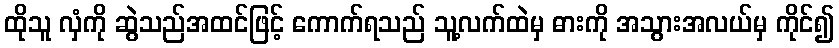
ထိုသူ လှံကို ဆွဲသည်အထင်ဖြင့် ကောက်ရသည် သူ့လက်ထဲမှ ဓားကို အသွားအလယ်မှ ကိုင်၍